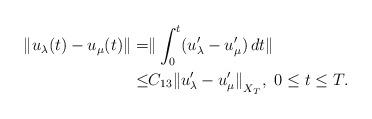
LaTeX: \begin{align*}\Vert u_{\lambda}(t) - u_{\mu}(t) \Vert = & \Vert \int_0^t (u_{\lambda}^{\prime} - u_{\mu}^{\prime})\, dt \Vert \\\le & C_{13} {\Vert u_{\lambda}^{\prime} - u_{\mu}^{\prime}\Vert}_{X_T}, \ 0\le t \le T.\end{align*}